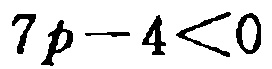
\(7p - 4 < 0\)